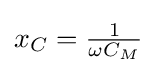
x_{C}={\tfrac {1}{\omega C_{M}}}